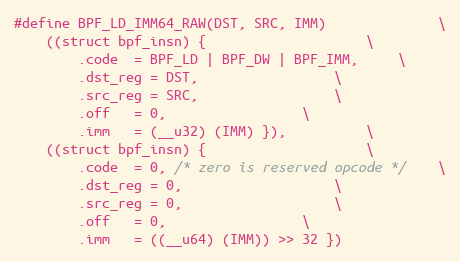
Language: C
#define BPF_LD_IMM64_RAW(DST, SRC, IMM)				\
	((struct bpf_insn) {					\
		.code  = BPF_LD | BPF_DW | BPF_IMM,		\
		.dst_reg = DST,					\
		.src_reg = SRC,					\
		.off   = 0,					\
		.imm   = (__u32) (IMM) }),			\
	((struct bpf_insn) {					\
		.code  = 0, /* zero is reserved opcode */	\
		.dst_reg = 0,					\
		.src_reg = 0,					\
		.off   = 0,					\
		.imm   = ((__u64) (IMM)) >> 32 })